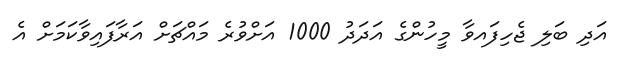
އަދި ބަލި ޖެހިފައވާ މީހުންގެ އަދަދު 1000 އަށްވުރެ މައްޗަށް އަރާފައިވާކަމަށް އެ